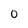
Character: 0